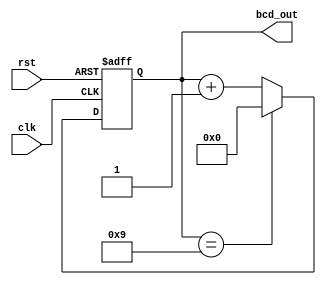
module bcd_counter (
    input clk,
    input rst,
    output [3:0] bcd_out
);

reg [3:0] count;

always @(posedge clk or posedge rst)
begin
    if (rst)
        count <= 4'b0000;
    else if (count == 4'b1001)
        count <= 4'b0000;
    else
        count <= count + 4'b0001;
end

assign bcd_out = count;

endmodule